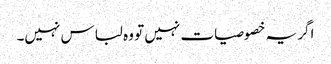
اگر یہ خصوصیات نہیں تو وہ لباس نہیں۔